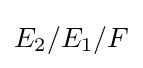
E_{2}/E_{1}/F